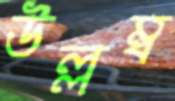
উল্লম্ব